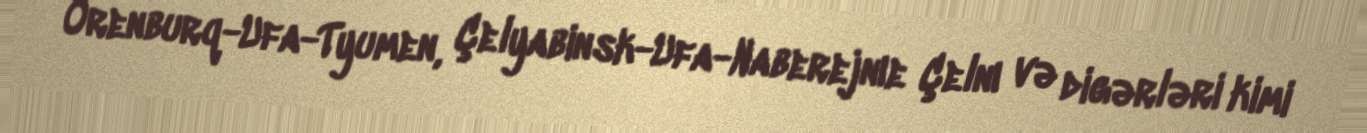
Orenburq-Ufa-Tyumen, Çelyabinsk-Ufa-Naberejnıe Çelnı və digərləri kimi